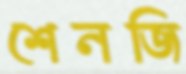
শেনজি